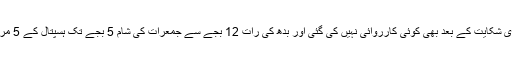
سسٹم انچارج کی تحریری شکایت کے بعد بھی کوئی کارروائی نہیں کی گئی اور بدھ کی رات 12 بجے سے جمعرات کی شام 5 بجے تک ہسپتال کے 5 مریضوں کی موت ہو گئی۔